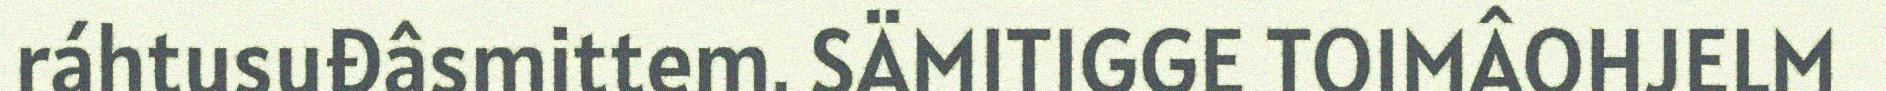
ráhtusuđâsmittem. SÄMITIGGE TOIMÂOHJELM